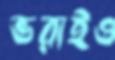
ভরাইও